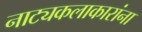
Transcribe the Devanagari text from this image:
नाट्यकलाकारांना